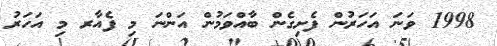
1998 ވަނަ އަހަރުން ފެށިގެން ބާއްވަމުން އަންނަ މި ފެއާރ މި އަހަރު